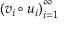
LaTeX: \left( v _ { i } \circ u _ { i } \right) _ { i = 1 } ^ { \infty }